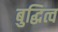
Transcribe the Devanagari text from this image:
बुद्धित्व